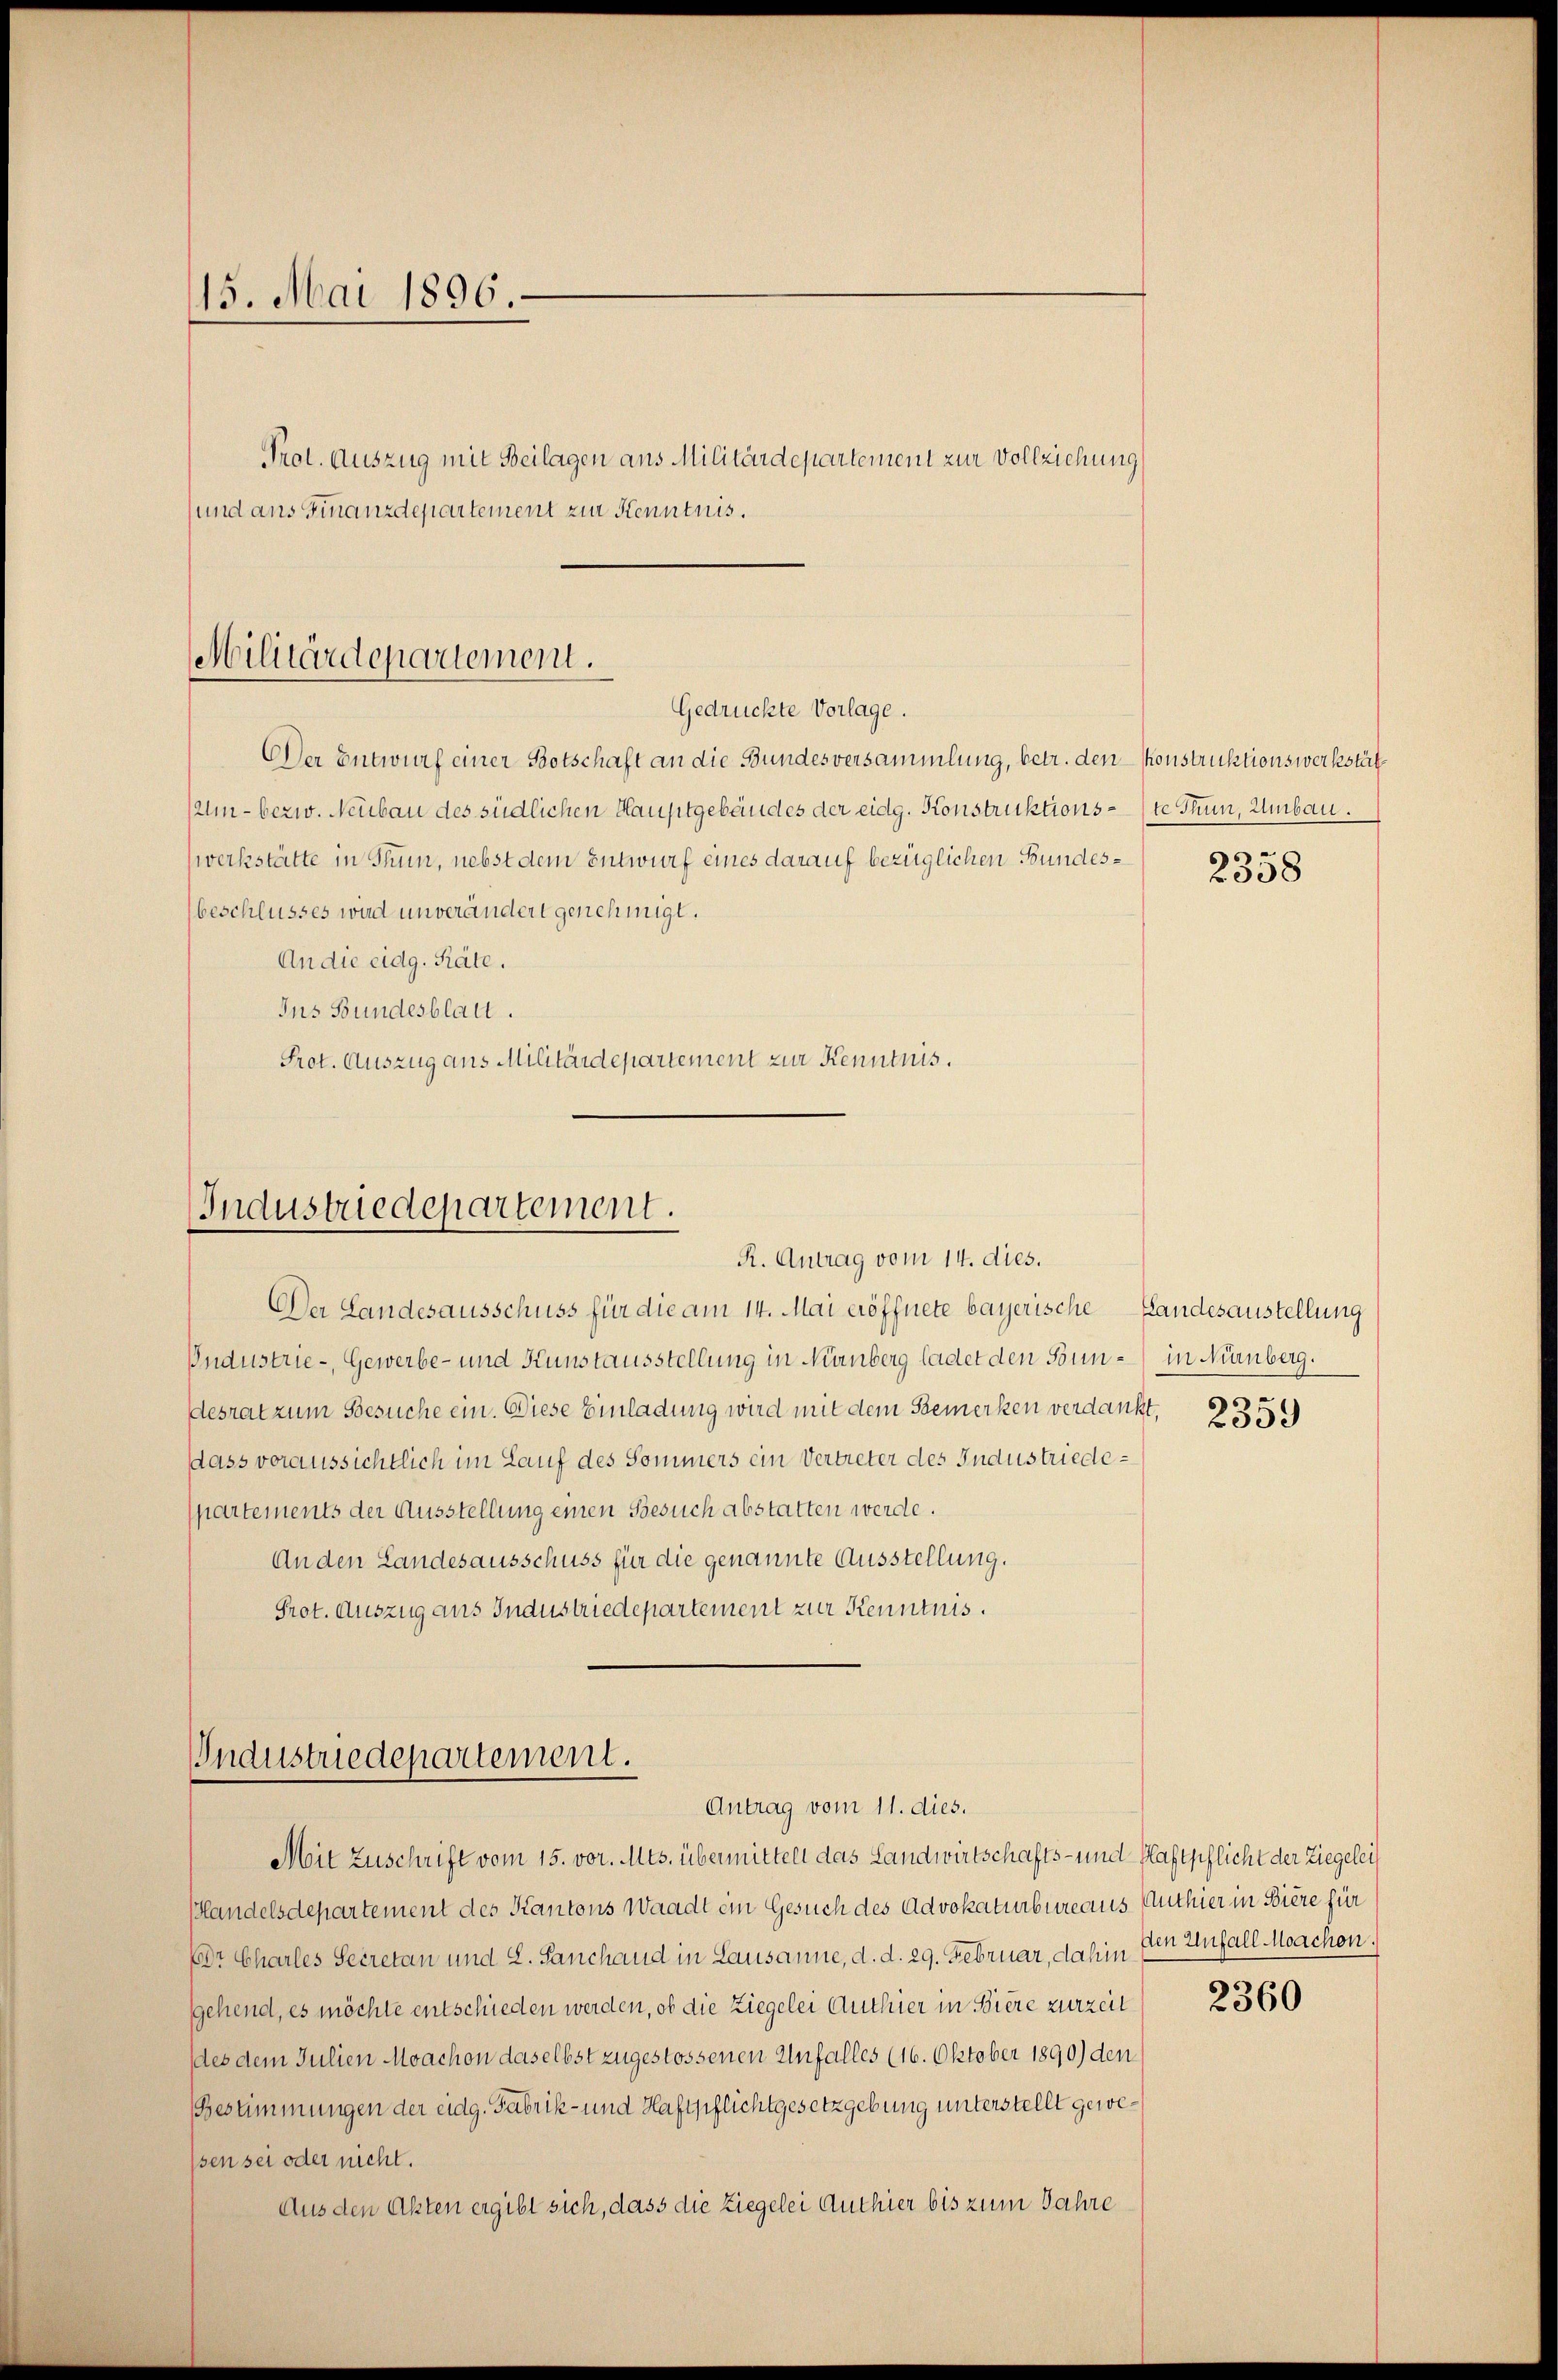
15. Mai 1896.
Prot. Auszug mit Beilagen aus Militärdepartement zur Vollziehung
und aus Finanzdepartement zur Kenntnis.

Der Entwurf einer Botschaft an die Bundesversammlung, betr. den konstruktionswerkstät
Um- bezw. Neubau des südlichen Hauptgebäudes der eidg. Konstruktionsste Thun, Umbau.
zwerkstätte in Thun, nebst dem Entwurf eines darauf bezüglichen Bundesbeschlusses wird unverändert genehmigt.
An die eidg. Räte.
Ins Bundesblatt.
Prot. Auszug aus Militärdepartement zur Kenntnis.

Militärdepartement.
Gedrückte Vorlage.

Industriedepartement.
R. Antrag vom 14. dies.

Der Landesausschuss für die am 14. Mai eröffnete bayerische Landesaustellung
Industrie-, Gewerbe- und Kunstausstellung in Nanberg ladet den Sonn- in Nürnberg.
desrat zum Gesuche ein. Diese Einladung wird mit dem Bemerken verdankt.
dass voraussichtlich im Lauf des Sommers ein Vertreter des Industriedepartements der Ausstellung einen Gesuch abstatten werde.
An den Landesausschuss für die genannte Ausstellung.
Prot. Auszug aus Industriedepartement zur Kenntnis.

Industriedepartement.
Antrag vom 11. dies.

Mit Zuschrift vom 15. vor. Mts. übermittelt das Landwirtschafts- und Haftpflicht der Ziegelei
Handelsdepartement des Kantons Waadt ein Gesuch des Advokaturbureaus Authier in Biere für
DDr Charles Secretan und L. Sanchand in Lausanne, d. d. 29. Februar, dahin
gehend, es möchte entschieden werden, ob die Ziegelei Authier in Biere zurzeit
des dem Julien Moachon daselbst zugestossenen Unfalles (16. Oktober 1890) den
Bestimmungen der eidg. Fabrik- und Haftpflichtgesetzgebung unterstellt gewesen sei oder nicht.
Aus den Akten ergibt sich, dass die Ziegelei Authier bis zum Jahre

2358

2359

den Unfall Moachon.

2360